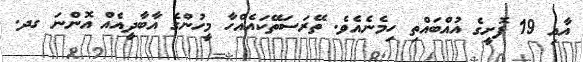
އާއި 19 ފޮށީގެ އުއްބައްތި ހިމެނެއެވެ. ތޭރަސަތޭކައެއްހާ މީހުންގެ އާބާދީއެއް އޮންނަ ގދ.